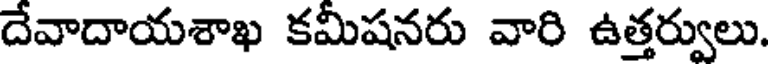
దేవాదాయశాఖ కమీషనరు వారి ఉత్తర్వులు.